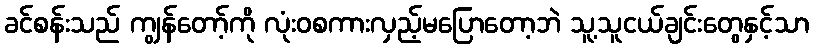
ခင်စန်းသည် ကျွန်တော့်ကို လုံးဝစကားလှည့်မပြောတော့ဘဲ သူ့သူငယ်ချင်းတွေနှင့်သာ